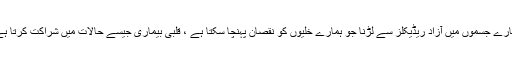
ہمارے جسموں میں آزاد ریڈیکلز سے لڑنا جو ہمارے خلیوں کو نقصان پہنچا سکتا ہے ، قلبی بیماری جیسے حالات میں شراکت کرتا ہے۔